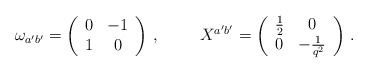
\begin{align*}\omega_{a'b'}=\left(\begin{array}{cc}0&-1\\1&0\\\end{array}\right)\,,\hspace{1cm}X^{a'b'}=\left(\begin{array}{cc}\frac{1}{2}&0\\0&-\frac{1}{q^2}\end{array}\right)\,.\end{align*}